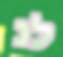
לנ